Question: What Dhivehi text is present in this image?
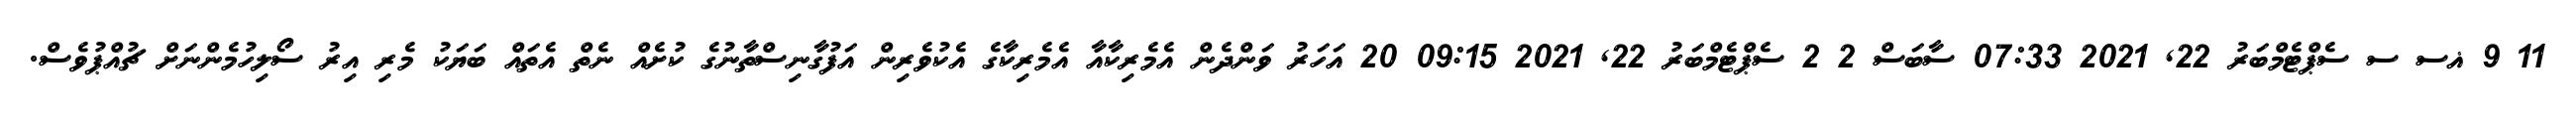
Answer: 11 9 ޣސ ސ ސެޕްޓެމްބަރު 22, 2021 07:33 ސާބަސް 2 2 ސެޕްޓެމްބަރު 22, 2021 09:15 20 އަހަރު ވަންދެން އެމެރިކާއާ އެމެރިކާގެ އެކުވެރިން އަފުގާނިސްތާނުގެ ކުށެއް ނެތް އެތައް ބަޔަކު މެރި އިރު ސޯލިހުމެންނަށް ޗުއްޕުވެސް.